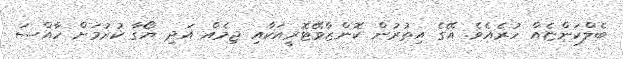
ބެލްކަންޏެއް ހުރެއެވެ. އޭގެ އިތުރުން ކޮންޒާވޭޓޮރީއަކާއި ޖިމެއް އަދި ޔޯގާ ކުރުމަށް ހާއްސަ